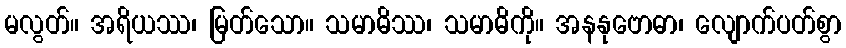
မလွတ်။ အရိယဿ၊ မြတ်သော။ သမာဓိဿ၊ သမာဓိကို။ အနနုဗောဓာ၊ လျောက်ပတ်စွာ